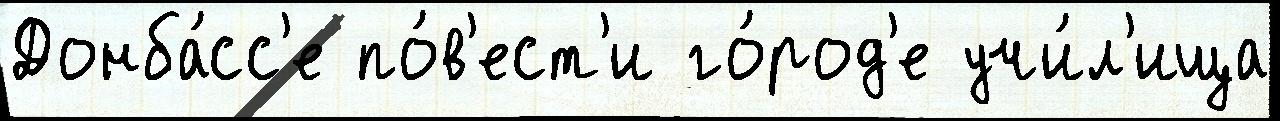
Донба́сс'е по́в'ест'и го́род'е учи́л'ища